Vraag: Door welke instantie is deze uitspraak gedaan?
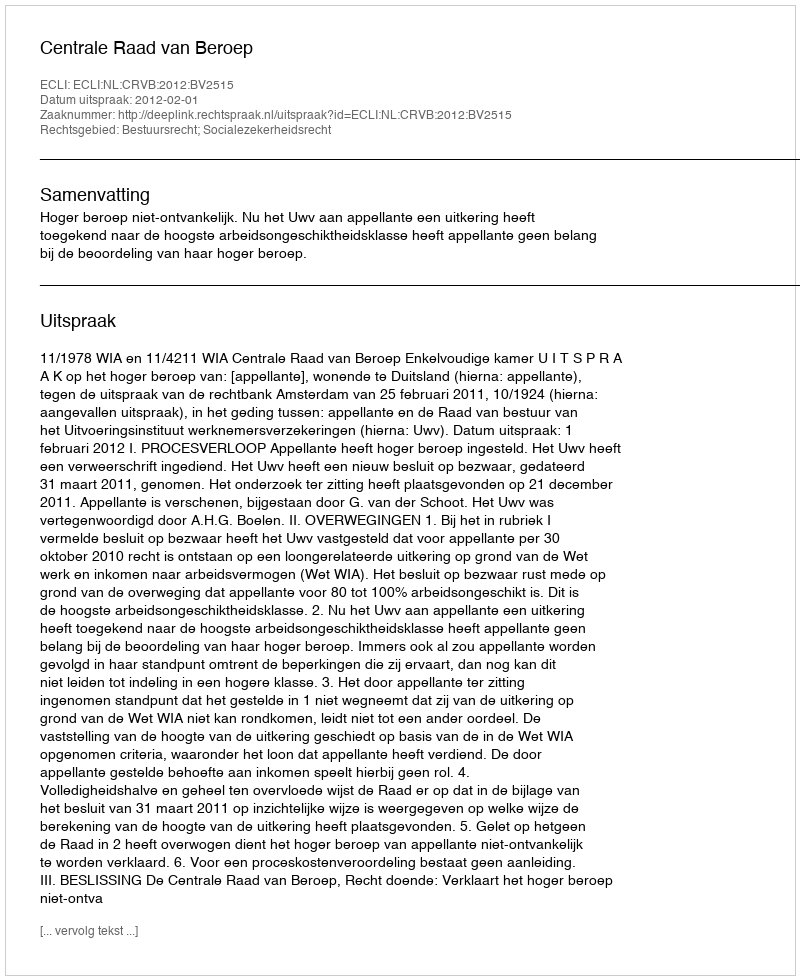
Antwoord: Centrale Raad van Beroep